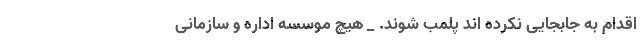
اقدام به جابجایی نکرده اند پلمب شوند. _ هیچ موسسه اداره و سازمانی